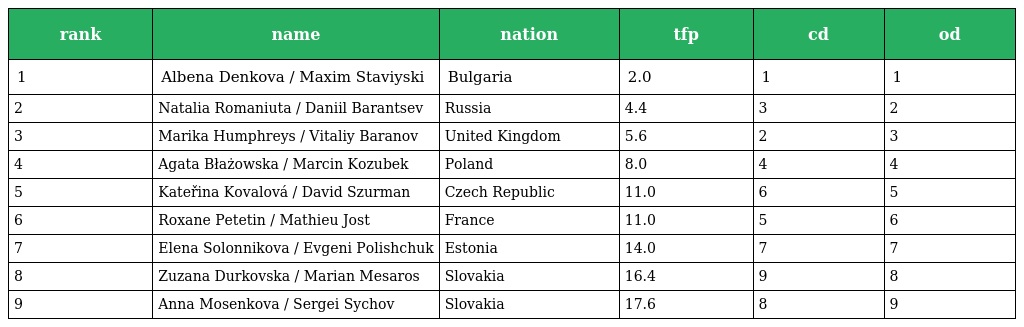
| rank | name | nation | tfp | cd | od |
 | --- | --- | --- | --- | --- | --- |
 | 1 | Albena Denkova / Maxim Staviyski | Bulgaria | 2.0 | 1 | 1 |
 | 2 | Natalia Romaniuta / Daniil Barantsev | Russia | 4.4 | 3 | 2 |
 | 3 | Marika Humphreys / Vitaliy Baranov | United Kingdom | 5.6 | 2 | 3 |
 | 4 | Agata Błażowska / Marcin Kozubek | Poland | 8.0 | 4 | 4 |
 | 5 | Kateřina Kovalová / David Szurman | Czech Republic | 11.0 | 6 | 5 |
 | 6 | Roxane Petetin / Mathieu Jost | France | 11.0 | 5 | 6 |
 | 7 | Elena Solonnikova / Evgeni Polishchuk | Estonia | 14.0 | 7 | 7 |
 | 8 | Zuzana Durkovska / Marian Mesaros | Slovakia | 16.4 | 9 | 8 |
 | 9 | Anna Mosenkova / Sergei Sychov | Slovakia | 17.6 | 8 | 9 |